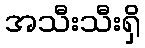
အသီးသီးရှိ